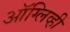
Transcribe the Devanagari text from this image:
ऑग्लिव्ही